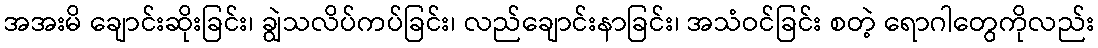
အအးမိ ချောင်းဆိုးခြင်း၊ ချွဲသလိပ်ကပ်ခြင်း၊ လည်ချောင်းနာခြင်း၊ အသံဝင်ခြင်း စတဲ့ ရောဂါတွေကိုလည်း